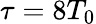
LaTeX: \tau=8T_{0}